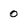
Character: 0